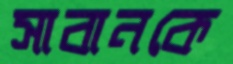
সাবানকে